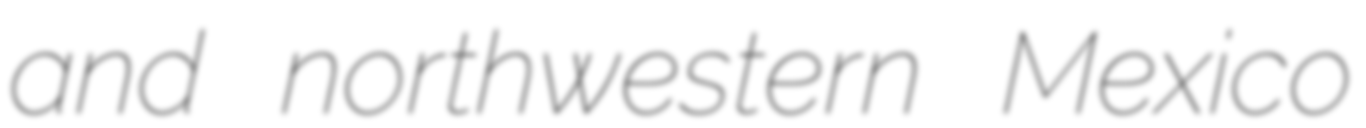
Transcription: and northwestern Mexico